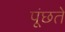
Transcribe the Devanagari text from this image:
पूंछते